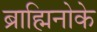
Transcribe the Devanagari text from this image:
ब्राह्मिनोके